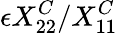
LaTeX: \epsilon X_{22}^{C}/X_{11}^{C}